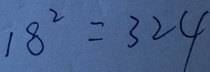
1 8 ^ { 2 } = 3 2 4